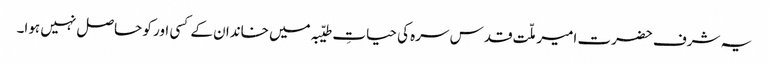
یہ شرف حضرت امیر ملّت قدس سرہ کی حیاتِ طیّبہ میں خاندان کے کسی اور کو حاصل نہیں ہوا۔